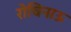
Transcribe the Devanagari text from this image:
रोचिनाऊ